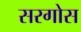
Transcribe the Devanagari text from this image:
सरगोस